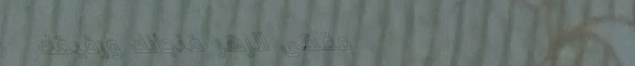
مقهى الزهر فنجانك ورفيقك